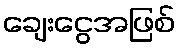
ချေးငွေအဖြစ်